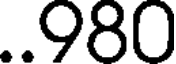
..980